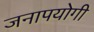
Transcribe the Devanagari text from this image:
जनापयोगी